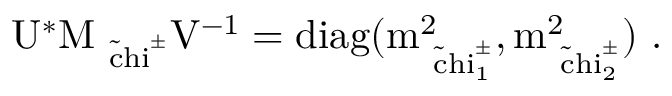
\mathrm { U ^ { * } \cal { M } _ { \mathrm { \tilde { \ c h i } ^ { \pm } } } \mathrm { V ^ { - 1 } = d i a g ( m _ { \tilde { \ c h i } _ { 1 } ^ { \pm } } ^ { 2 } , m _ { \tilde { \ c h i } _ { 2 } ^ { \pm } } ^ { 2 } ) \ . } }